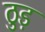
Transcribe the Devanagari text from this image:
ठुड़